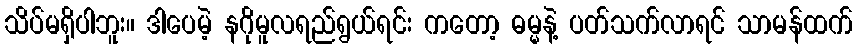
သိပ်မရှိပါဘူး။ ဒါပေမဲ့ နဂိုမူလရည်ရွယ်ရင်း ကတော့ ဓမ္မနဲ့ ပတ်သက်လာရင် သာမန်ထက်